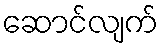
ဆောင်လျက်